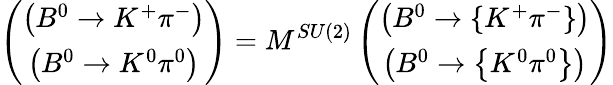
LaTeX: \left(\begin{array}{c}{{\left(B^{0}\rightarrow K^{+}\pi^{-}\right)}}\\ {{\left(B^{0}\rightarrow K^{0}\pi^{0}\right)}}\end{array}\right)=M^{SU(2)}\left(\begin{array}{c}{{\left(B^{0}\rightarrow\left\{ K^{+}\pi^{-}\right\} \right)}}\\ {{\left(B^{0}\rightarrow\left\{ K^{0}\pi^{0}\right\} \right)}}\end{array}\right)